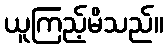
ယူကြည့်မိသည်။